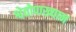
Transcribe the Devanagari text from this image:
श्वेतोपाख्यान